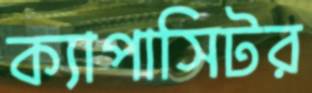
ক্যাপাসিটর